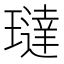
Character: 㼀